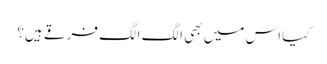
کیا اس میں بھی الگ الگ فرقے ہیں؟